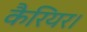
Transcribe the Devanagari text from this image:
कैरियर।